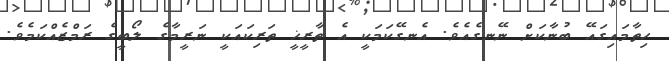
ހިތާމައިގައޭ ބުނާކަށް ނޭނގެއެވެ. އެނގޭކަމަކީ އެ ތާރީޚީ ތަރިކައަކީ ނަރީމާގެ ލޯބީގެ ރަމްޒެއްކަމެވެ.